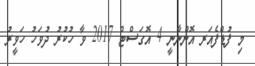
މި ފުޑްފެއަރ އޮންނާނީ 4 އޮގަސްޓް 2017 ވާ ހުކުރު ދުވަހު ހަވީރު